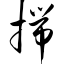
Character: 揣